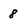
Character: 8